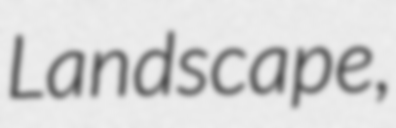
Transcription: Landscape,